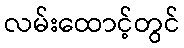
လမ်းထောင့်တွင်